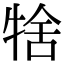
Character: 𤙱